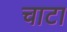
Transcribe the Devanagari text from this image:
चाटा